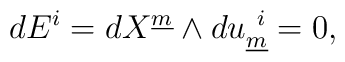
dE^i = dX^{\underline{m}}\wedge du^{~i}_{\underline{m}} = 0 , \qquad